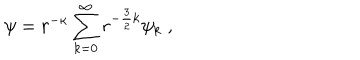
\psi = r ^ { - \kappa } \sum _ { k = 0 } ^ { \infty } r ^ { - \frac { 3 } { 2 } k } \psi _ { k } \; ,